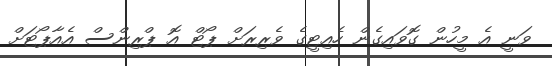
ވަނީ އެ މީހުން ގޮވައިގެން ހެއިޓީގެ ވެރިރަށް ޕޯޓް އޮ ޕްރިންސް އެއާޕޯޓަށް